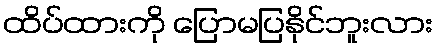
ထိပ်ထားကို ပြောမပြနိုင်ဘူးလား